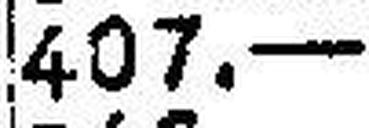
407.—